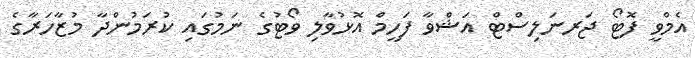
އެމްވީ ފޮޓޯ ޖަރނަލިސްޓް އަޝްވާ ފަހީމް އޮޅުވާލި ވޯޓުގެ ނަމުގައި ކުރަމުންދާ މުޒާހަރާގެ